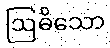
ဩဓိသော